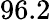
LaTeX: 96.2